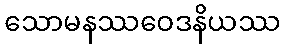
သောမနဿဝေဒနိယဿ